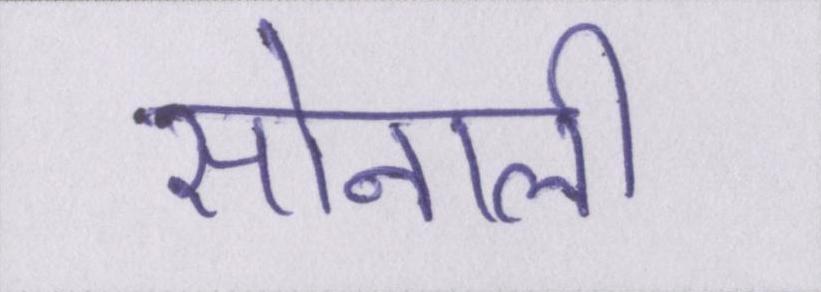
सोनाली